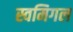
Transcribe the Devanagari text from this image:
स्वमिगल